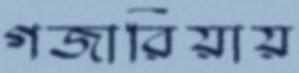
গজারিয়ায়